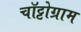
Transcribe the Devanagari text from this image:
चॉट्टोग्राम